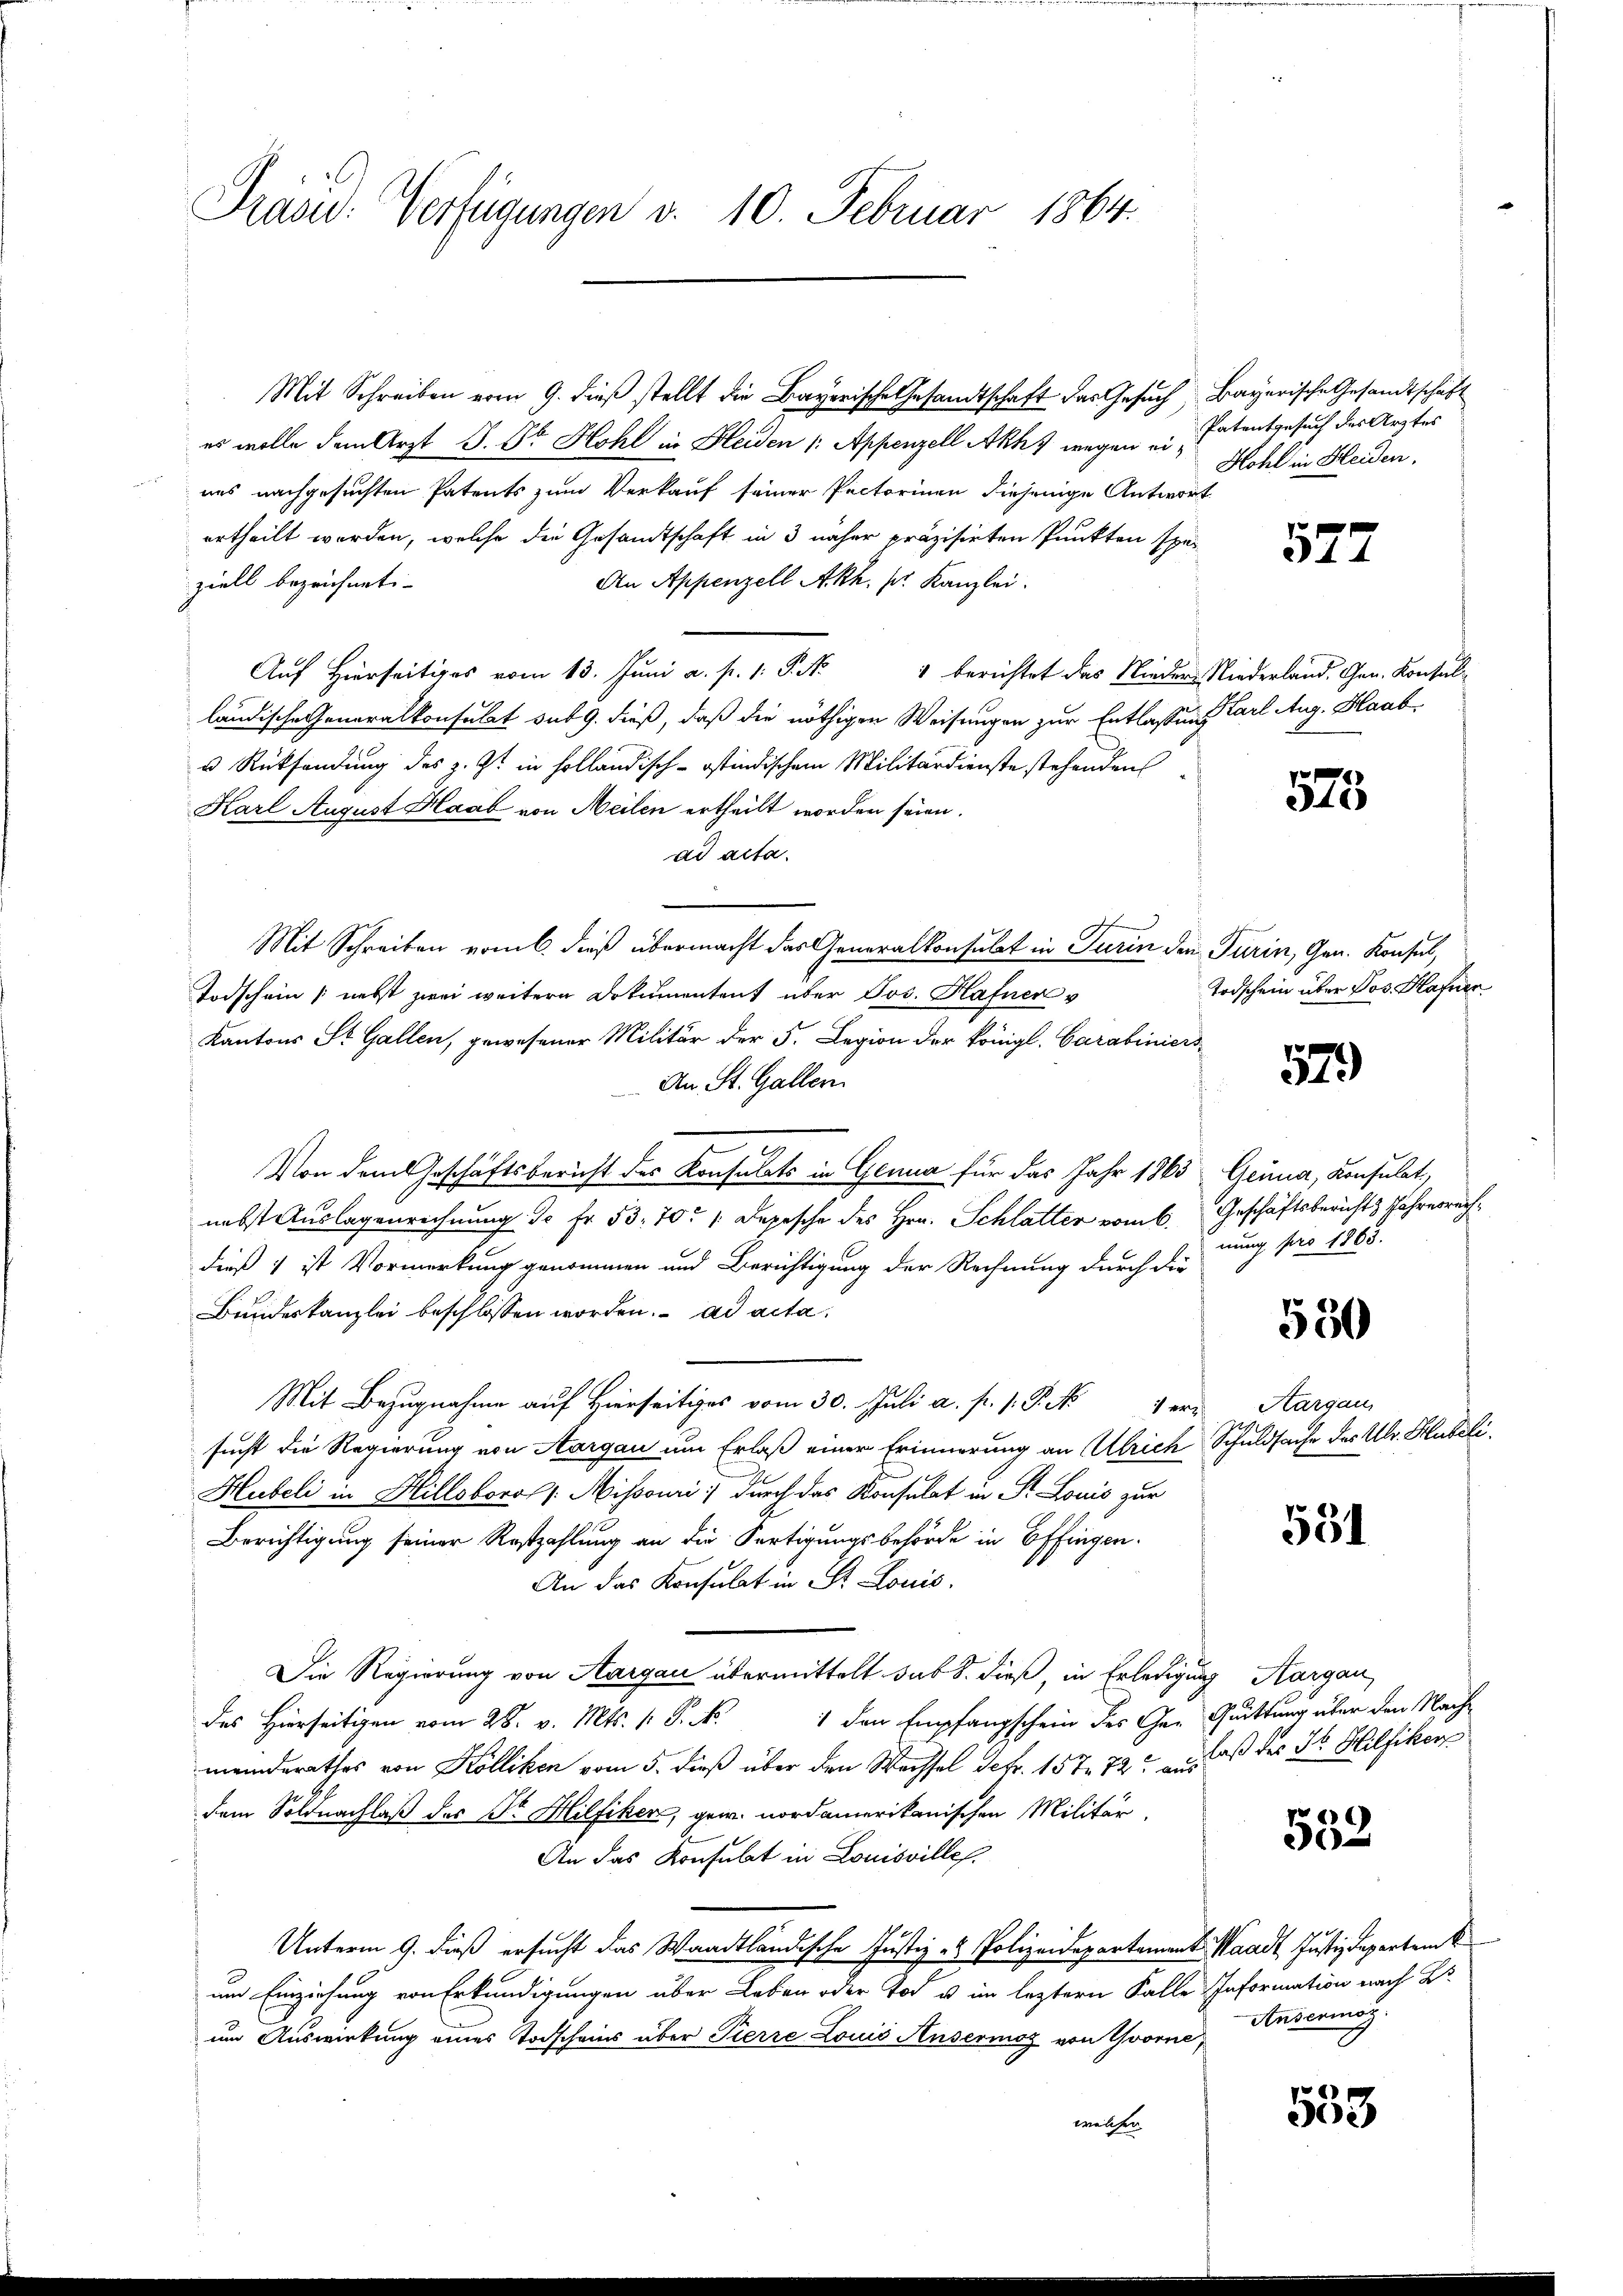
Präsid. Verfügungen v. 10. Februar 1864.

Mit Schreiben vom 9. dieβ stellt die Bayerische Gesandtschaft das Gesuch Bayerische Gesandtschäft
es wolle dem Arzt J. Sr Hohl in Heiden 1. Appenzell Akhs wegen ei-Mohl in Fleiden.
nes nachgesuchten Patents zum Verkauf seiner Pectorinen diejenige Antwort
ertheilt worden, welche die Gesandtschaft in 3 näher präzisirten Punkten spe¬
An Appenzell Akh. pr. Kanzlei.
ziell bezeichnet. |
Auf hierseits vom 13. Juni a. p. 1. P. Nr. 4 berichtet das Nieder Niederland. Gen. Konsulländische Generalkonsulat sub 9. dieß, daß die nöthigen Weisungen zur Entlassung Carl Aug. Haab-
u Rücksendung des z. Zt. in holländisch-ostindischem Militärdienste stehenden
Karl August Haab von Meilen ertheilt worden seien.
ad acta.
Mit Schreiben vom 6. dieß übermacht das Generalkonsulat in Turin den Turin, Gen. Konsul,
Todschein nebst zwei weitern Dokumentent über Jos. Hafner v
Kantons St. Gallen, gewesener Militär der 5. Legion der königl. Carabiniers
An St. Gallen.
Von dem Geschäftsbericht des Konsulats in Genua für das Jahr 1863 Genua, Konsulat
nebst Auslagenrechnung. Je Fr. 53. 70. 1. Depesche des Hrn. Schlatter vom 6. Geschäftsberichts Jahresrechdieß 1 ist Vormerkung genommen und Berichtigung der Rechnung durch die
Bundeskanzlei beschlossen worden. ad acta.
Mit Bezugnahme auf Hierseitiges vom 30. Juli a. p. 1. P. N. vers Aargau
sucht die Regierung von Aargau um Erlaß einer Erinnerung an Ulrich Schuldsache des Ulr. Hubeli
Hubeli in Hillsboros, Missouri, durch das Konsulat in St. Louis zur
Berichtigung seiner Rostzahlung an die Fertigungsbehörde in Effingen.
An das Konsulat in St. Louis
Die Regierung von Aargau übermittelt sub 8. dieß, in Erledigung Aargau,
1 den Empfangschein des Ge- Quittung über den Nachdes Hierseitigen vom 28. v. Mts. 1. P. N.
meinderathes von Kolliken vom 5. dieß über den Wachsel Febr. 15 te 72 aus daß der St. Hilfikon
dem Soldnachlaß des Dr. Hilfiker, gew. nordamerikanischen Militär-
An das Konsulat in Louisville.
Unterm 9. dieß ersucht das Waadtländische Justiz- & Polizeidepartement Waadt, Justizdepartemb
um Einziehung von Erkundigungen über Leben oder Tod u im leztern Falle Information nach B
um Auswirkung eines Todscheins über Pierre Louis Ansermag von Yvorne,
welcher

Patentgesuch des Arztes

527

573

Todschein über Jos. Hafner

57

nung pro 1863.

550

531

552

Ansermag.

553